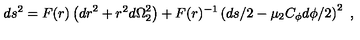
d s ^ { 2 } = F ( r ) \left( { d r } ^ { 2 } + r ^ { 2 } { d \Omega } _ { 2 } ^ { 2 } \right) + F ( r ) ^ { - 1 } \left( { d s } / 2 - \mu _ { 2 } C _ { \phi } { d \phi } / 2 \right) ^ { 2 } \ ,